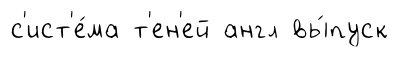
с'ист'е́ма т'ен'ей англ вы́пуск